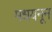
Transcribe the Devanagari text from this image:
मधयनून